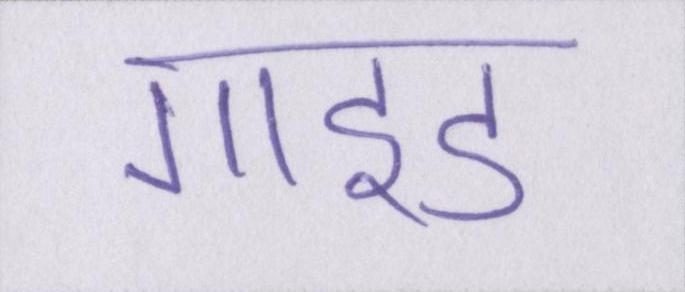
गाइड